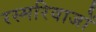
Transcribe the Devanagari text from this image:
रस्मरिवाजों